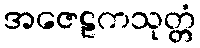
အဇေဠကသုတ္တံ